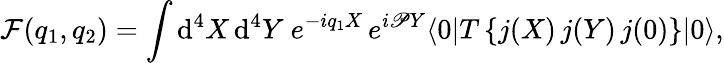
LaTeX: {\cal{F}}(q_{1},q_{2})=\int\mathrm{d}^{4}X\, \mathrm{d}^{4}Y\ e^{-iq_{1}X}\, e^{i\mathscr{P}Y}\langle0|T\left\{ j(X)\, j(Y)\, j(0)\right\} |0\rangle,